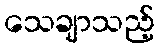
သေချာသည့်